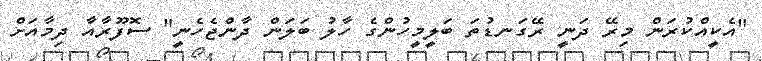
"އެކީއްކުރަން މިރޭ ދަނީ ރޭގަނޑުތަ ބަލީމީހުންގެ ހާލު ބަލަން ދާންޖެހެނީ" ސޮފޫރާއާ ދިމާއަށް